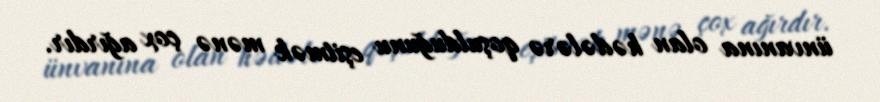
ünvanına olan hədələrə qoşulduğunu eşitmək mənə çox ağırdır.